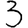
Digit: 3